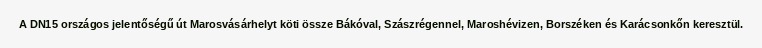
A DN15 országos jelentőségű út Marosvásárhelyt köti össze Bákóval, Szászrégennel, Maroshévizen, Borszéken és Karácsonkőn keresztül.